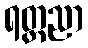
ရတ္တညာ